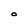
Character: O